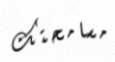
مسامحتك